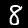
Digit: 8